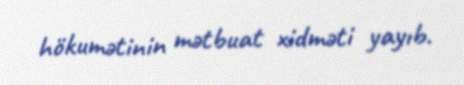
hökumətinin mətbuat xidməti yayıb.